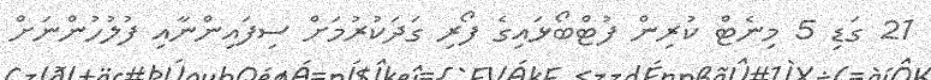
21 ގަޑި 5 މިނެޓް ކުރިން ފުޓްބޯޅައިގެ ފޯރި ގަދަކުރުމަށް ސިފައިންނާއި ފުލުހުންނަށް